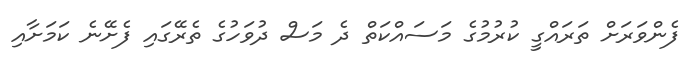
ފެންވަރަށް ތަރައްގީ ކުރުމުގެ މަސައްކަތް ދެ މަސް ދުވަހުގެ ތެރޭގައި ފެށޭނެ ކަމަށާއި